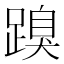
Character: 䠗